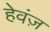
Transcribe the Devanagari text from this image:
हेवंज़